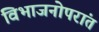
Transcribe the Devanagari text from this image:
विभाजनोपरांत